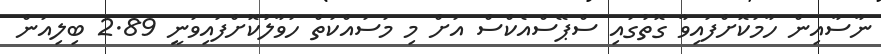
ނާސާއިން ހާމަކޮށްފައިވާ ގޮތުގައި ސްޕޭސްއެކްސް އަށް މި މަސައްކަތް ހަވާލުކޮށްފައިވަނީ 2.89 ބިލިއަން